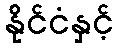
နိုင်ငံနှင့်